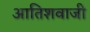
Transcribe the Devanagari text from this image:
आतिशवाजी